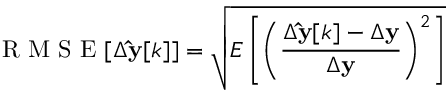
\mathrm { ~ R ~ M ~ S ~ E ~ } [ \Delta \mathbf { \hat { y } } [ k ] ] = \sqrt { E \left[ \left( \frac { \Delta \mathbf { \hat { y } } [ k ] - \Delta \mathbf { y } } { \Delta \mathbf { y } } \right) ^ { 2 } \right] }